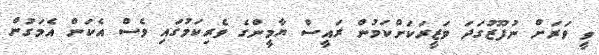
ވީ ވަރަށް ނުފޫޒުގަދަ ވަޒީރަކަށްކަމުން ރައީސް ޔާމީންގެ ވެރިކަމުގައި ވެސް އެކަން އެމަގުން